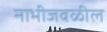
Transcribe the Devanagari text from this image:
नाभीजवळील